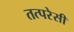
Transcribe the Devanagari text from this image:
तत्परेसी